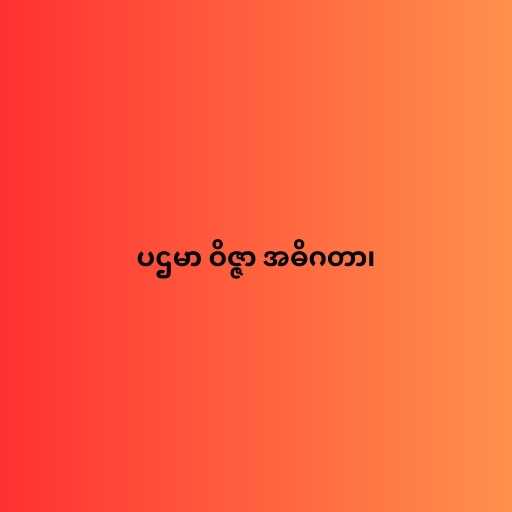
ပဌမာ ဝိဇ္ဇာ အဓိဂတာ၊